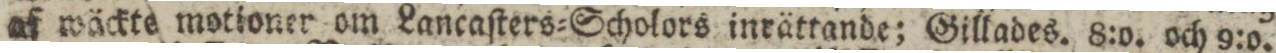
af wäckte motioner om Lancaſters=Scholors inrättande; Gillades. 8:o. och 9:o.